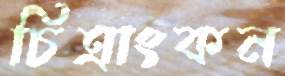
চিত্রাংকন